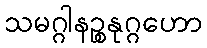
သမဂ္ဂါနဉ္စနုဂ္ဂဟော